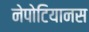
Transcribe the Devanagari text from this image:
नेपोटियानस